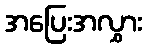
အပြေးအလွှား